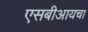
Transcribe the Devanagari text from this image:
एसबीआयचा